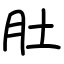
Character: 肚